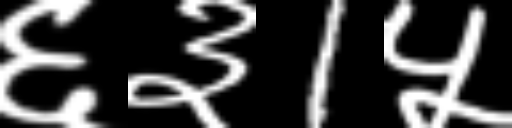
Text: ६३1५